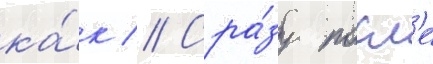
ка́к // Сра́зу посл'е